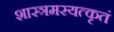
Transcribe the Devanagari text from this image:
शास्त्रमस्यत्कृतं